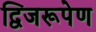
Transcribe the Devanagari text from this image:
द्विजरूपेण